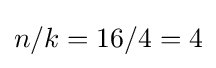
n/k=16/4=4